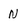
Character: N